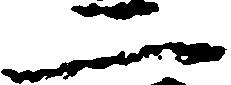
二